Vaccination United Provinces of Agra and Oudh 1914-1922 - 1914-1922
Year: 1914
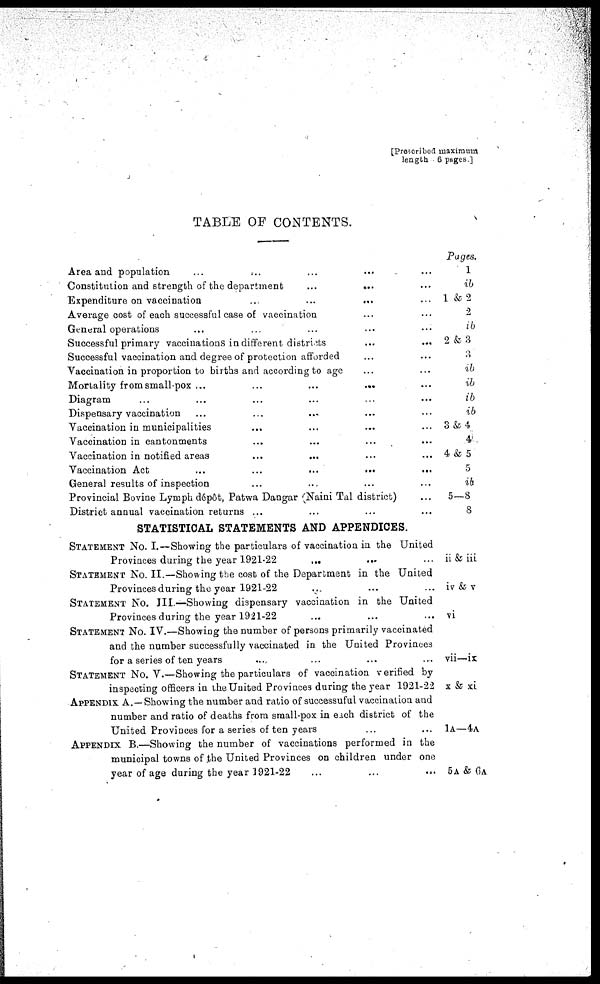
[Prescribed maximum
length 6 pages]
TABLE OF CONTENTS.
Area and population ... ... ... ... ...
Constitution and strength of the department
... ... ... ...
Expenditure on vaccination .. ... ... ...
Average cost of each successful case of vaccination ... ...
General operations ... ... ... ... ...
Successful primary vaccinations in different districts ... ...
Successful vaccination and degree of protection afforded ... ...
Vaccination in proportion to births and according to age ... ...
Mortality from small-pox ... ... ... ... ...
Diagram ... ... ... ... ... ...
Dispensary vaccination ... ... ... ... ...
Vaccination in municipalities ... ... ... ...
Vaccination in cantonments ... ... ... ...
Vaccination in notified areas ... ... ... ...
Vaccination Act ... ... ... ... ...
General results of inspection ... ... ... ...
Provincial Bovine Lymph dépôt, Patwa Dangar (Naini Tal district) ...
District annual vaccination returns ... ... ... ...
STATISTICAL STATEMENTS AND APPENDICES.
Statement No. I.—Showing the particulars of vaccination in the United
Provinces during the year 1921-22 ... ... ...
STATEMENT NO. II.—Showing the cost of the Department in the United
Provinces during the year 1921-22 ... ... ...
STATEMENT NO. III.—Showing dispensary vaccination in the United
Provinces during the year 1921-22 ... ... ...
STATEMENT NO. IV.—Showing the number of persons primarily vaccinated
and the number successfully vaccinated in the United Provinces
for a series of ten years ... ... ... ...
STATEMENT NO. V.—Showing the particulars of vaccination verified by
inspecting officers in the United Provinces during the year 1921-22
APPENDIX A. —Showing the number and ratio of successuful vaccination and
number and ratio of deaths from small-pox in each district of the
United Provinces for a series of ten years ... ...
APPENDIX B.—Showing the number of vaccinations performed in the
municipal towns of the United Provinces on children under one
year of age during the year 1921-22 ... ... ...
Pages.
1
ib
1 & 2
2
ib
2 & 3
ib
ib
ib
ib
3 &4
4
4 & 5
5
ib
5—8
8
ii & iii
iv & v
vi
vii—ix.
x & xi
1A—4A
5A & 6A